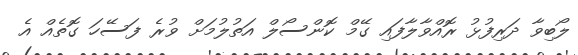
ލޯބިވާ ދަރިފުޅު ރޮއްވާލާފައި ގޭމް ކޮންސޯލް އަތުލުމަށް ވުރެ ފަސޭހަ ގޮތެއް އެ